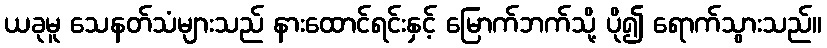
ယခုမူ သေနတ်သံများသည် နားထောင်ရင်းနှင့် မြောက်ဘက်သို့ ပို၍ ရောက်သွားသည်။